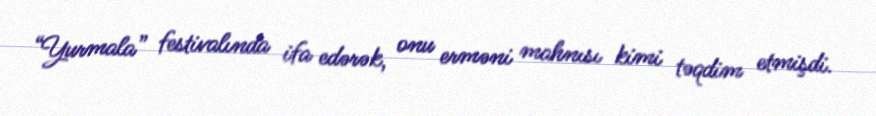
“Yurmala” festivalında ifa edərək, onu erməni mahnısı kimi təqdim etmişdi.